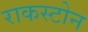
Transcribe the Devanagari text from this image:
राकस्टोन